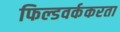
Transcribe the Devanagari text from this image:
फिल्डवर्ककरता